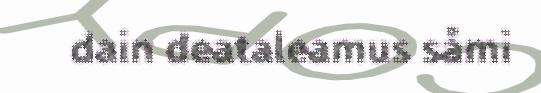
dain deataleamus såmi